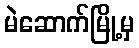
မဲဆောက်မြို့မှ